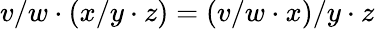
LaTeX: v/w\cdot(x/y\cdot z)=(v/w\cdot x)/y\cdot z